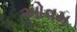
ઓવમ